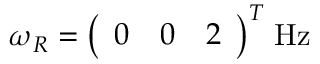
{ \boldsymbol { \omega } } _ { R } = { \left( \begin{array} { l l l } { 0 } & { 0 } & { 2 } \end{array} \right) } ^ { T } \; { \mathrm { H z } }